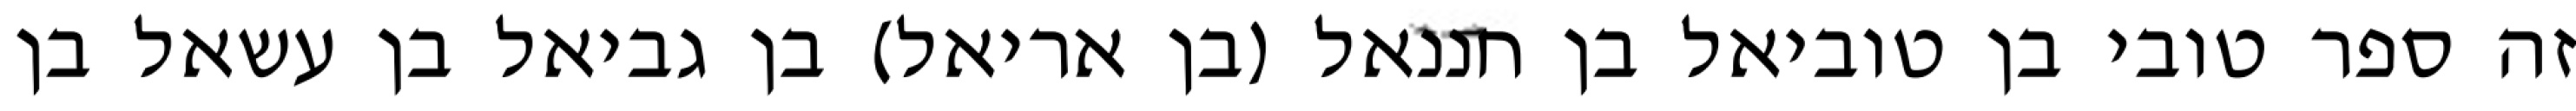
זה ספר טובי בן טוביאל בן חננאל (בן אריאל) בן גביאל בן עשאל בן